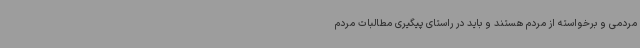
مردمی و برخواسته از مردم هستند و باید در راستای پیگیری مطالبات مردم